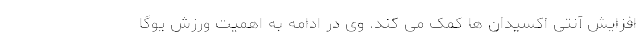
افزایش آنتی اکسیدان ها کمک می کند. وی در ادامه به اهمیت ورزش یوگا